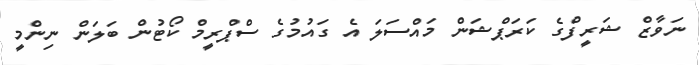
ނަވާޒް ޝަރީފްގެ ކަރަޕްޝަން މައްސަލަ އެ ގައުމުގެ ސްޕްރީމް ކޯޓުން ބަލަން ނިންމީ